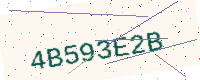
Text: 4B593E2B